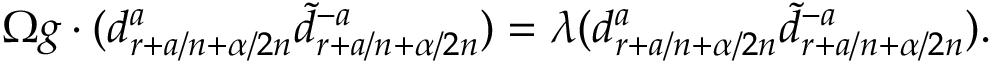
\Omega g \cdot ( d _ { r + a / n + \alpha / 2 n } ^ { a } \tilde { d } _ { r + a / n + \alpha / 2 n } ^ { - a } ) = \lambda ( d _ { r + a / n + \alpha / 2 n } ^ { a } \tilde { d } _ { r + a / n + \alpha / 2 n } ^ { - a } ) .